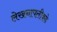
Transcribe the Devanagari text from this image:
लेखनापलीकडे